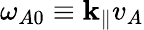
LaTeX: \omega_{A0}\equiv\mathbf{k}_{\parallel}v_{A}